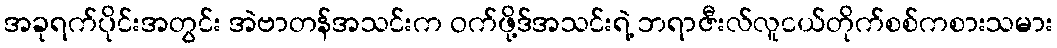
အခုရက်ပိုင်းအတွင်း အဲဗာတန်အသင်းက ဝက်ဖို့ဒ်အသင်းရဲ့ ဘရာဇီးလ်လူငယ်တိုက်စစ်ကစားသမား